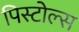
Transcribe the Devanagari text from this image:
पिस्टोल्स